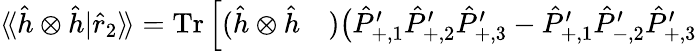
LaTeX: \begin{array}{rl}{\langle\! \langle\hat{h}\otimes\hat{h}|\hat{r}_{2}\rangle\! \rangle\stackrel{}{=}\operatorname{Tr}\Big[(\hat{h}\otimes\hat{h}}&{{})\big(\hat{P}_{+,1}^{\prime}\hat{P}_{+,2}^{\prime}\hat{P}_{+,3}^{\prime}-\hat{P}_{+,1}^{\prime}\hat{P}_{-,2}^{\prime}\hat{P}_{+,3}^{\prime}}\end{array}